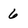
Character: 6